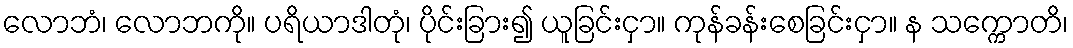
လောဘံ၊ လောဘကို။ ပရိယာဒါတုံ၊ ပိုင်းခြား၍ ယူခြင်းငှာ။ ကုန်ခန်းစေခြင်းငှာ။ န သက္ကောတိ၊